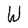
Character: W